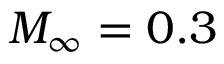
M _ { \infty } = 0 . 3